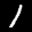
Label: 1